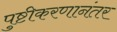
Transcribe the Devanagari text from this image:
पुष्टीकरणानंतर